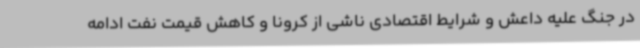
در جنگ علیه داعش و شرایط اقتصادی ناشی از کرونا و کاهش قیمت نفت ادامه